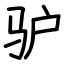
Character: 驴